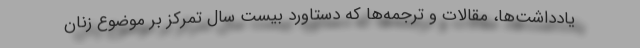
یادداشت‌ها، مقالات و ترجمه‌ها که دستاورد بیست سال تمرکز بر موضوع زنان